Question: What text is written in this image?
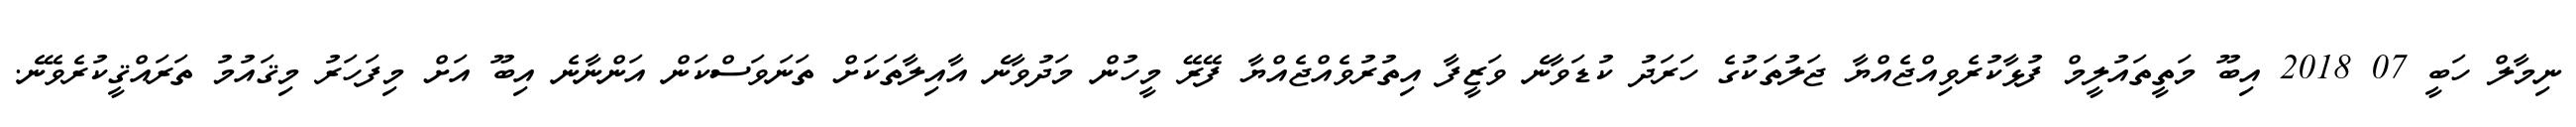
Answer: ނިމާލް ހަބީ 07 2018 އިބޫ މަތީތައުލީމް ފުޅާކުރެވިއްޖެއްޔާ ޖަލުތަކުގެ ހަރަދު ކުޑަވާނެ ވަޒީފާ އިތުރުވެއްޖެއްޔާ ފޭރޭ މީހުން މަދުވާނެ އާއިލާތަކަށް ތަނަވަސްކަން އަންނާނެ އިބޫ އަށް މިފަހަރު މިޤައުމު ތަރައްޤީކުރެވޭނެ.